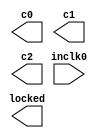
// megafunction wizard: %ALTPLL%VBB%
// GENERATION: STANDARD
// VERSION: WM1.0
// MODULE: altpll 

// ============================================================
// Megafunction Name(s):
// 			altpll
//
// Simulation Library Files(s):
// 			altera_mf
// ============================================================
// ************************************************************
// THIS IS A WIZARD-GENERATED FILE. DO NOT EDIT THIS FILE!
//
// 14.1.0 Build 186 12/03/2014 SJ Full Version
// ************************************************************

//Copyright (C) 1991-2014 Altera Corporation. All rights reserved.
//Your use of Altera Corporation's design tools, logic functions 
//and other software and tools, and its AMPP partner logic 
//functions, and any output files from any of the foregoing 
//(including device programming or simulation files), and any 
//associated documentation or information are expressly subject 
//to the terms and conditions of the Altera Program License 
//Subscription Agreement, the Altera Quartus II License Agreement,
//the Altera MegaCore Function License Agreement, or other 
//applicable license agreement, including, without limitation, 
//that your use is for the sole purpose of programming logic 
//devices manufactured by Altera and sold by Altera or its 
//authorized distributors.  Please refer to the applicable 
//agreement for further details.

module ALTPLL50I50O125O250O (
	inclk0,
	c0,
	c1,
	c2,
	locked);

	input	  inclk0;
	output	  c0;
	output	  c1;
	output	  c2;
	output	  locked;

endmodule

// ============================================================
// CNX file retrieval info
// ============================================================
// Retrieval info: PRIVATE: ACTIVECLK_CHECK STRING "0"
// Retrieval info: PRIVATE: BANDWIDTH STRING "1.000"
// Retrieval info: PRIVATE: BANDWIDTH_FEATURE_ENABLED STRING "1"
// Retrieval info: PRIVATE: BANDWIDTH_FREQ_UNIT STRING "MHz"
// Retrieval info: PRIVATE: BANDWIDTH_PRESET STRING "Low"
// Retrieval info: PRIVATE: BANDWIDTH_USE_AUTO STRING "1"
// Retrieval info: PRIVATE: BANDWIDTH_USE_PRESET STRING "0"
// Retrieval info: PRIVATE: CLKBAD_SWITCHOVER_CHECK STRING "0"
// Retrieval info: PRIVATE: CLKLOSS_CHECK STRING "0"
// Retrieval info: PRIVATE: CLKSWITCH_CHECK STRING "0"
// Retrieval info: PRIVATE: CNX_NO_COMPENSATE_RADIO STRING "0"
// Retrieval info: PRIVATE: CREATE_CLKBAD_CHECK STRING "0"
// Retrieval info: PRIVATE: CREATE_INCLK1_CHECK STRING "0"
// Retrieval info: PRIVATE: CUR_DEDICATED_CLK STRING "c0"
// Retrieval info: PRIVATE: CUR_FBIN_CLK STRING "c0"
// Retrieval info: PRIVATE: DEVICE_SPEED_GRADE STRING "2"
// Retrieval info: PRIVATE: DIV_FACTOR0 NUMERIC "1"
// Retrieval info: PRIVATE: DIV_FACTOR1 NUMERIC "1"
// Retrieval info: PRIVATE: DIV_FACTOR2 NUMERIC "1"
// Retrieval info: PRIVATE: DUTY_CYCLE0 STRING "50.00000000"
// Retrieval info: PRIVATE: DUTY_CYCLE1 STRING "50.00000000"
// Retrieval info: PRIVATE: DUTY_CYCLE2 STRING "50.00000000"
// Retrieval info: PRIVATE: EFF_OUTPUT_FREQ_VALUE0 STRING "50.000000"
// Retrieval info: PRIVATE: EFF_OUTPUT_FREQ_VALUE1 STRING "125.000000"
// Retrieval info: PRIVATE: EFF_OUTPUT_FREQ_VALUE2 STRING "250.000000"
// Retrieval info: PRIVATE: EXPLICIT_SWITCHOVER_COUNTER STRING "0"
// Retrieval info: PRIVATE: EXT_FEEDBACK_RADIO STRING "0"
// Retrieval info: PRIVATE: GLOCKED_COUNTER_EDIT_CHANGED STRING "1"
// Retrieval info: PRIVATE: GLOCKED_FEATURE_ENABLED STRING "0"
// Retrieval info: PRIVATE: GLOCKED_MODE_CHECK STRING "0"
// Retrieval info: PRIVATE: GLOCK_COUNTER_EDIT NUMERIC "1048575"
// Retrieval info: PRIVATE: HAS_MANUAL_SWITCHOVER STRING "1"
// Retrieval info: PRIVATE: INCLK0_FREQ_EDIT STRING "50.000"
// Retrieval info: PRIVATE: INCLK0_FREQ_UNIT_COMBO STRING "MHz"
// Retrieval info: PRIVATE: INCLK1_FREQ_EDIT STRING "100.000"
// Retrieval info: PRIVATE: INCLK1_FREQ_EDIT_CHANGED STRING "1"
// Retrieval info: PRIVATE: INCLK1_FREQ_UNIT_CHANGED STRING "1"
// Retrieval info: PRIVATE: INCLK1_FREQ_UNIT_COMBO STRING "MHz"
// Retrieval info: PRIVATE: INTENDED_DEVICE_FAMILY STRING "Stratix IV"
// Retrieval info: PRIVATE: INT_FEEDBACK__MODE_RADIO STRING "1"
// Retrieval info: PRIVATE: LOCKED_OUTPUT_CHECK STRING "1"
// Retrieval info: PRIVATE: LONG_SCAN_RADIO STRING "1"
// Retrieval info: PRIVATE: LVDS_MODE_DATA_RATE STRING "Not Available"
// Retrieval info: PRIVATE: LVDS_MODE_DATA_RATE_DIRTY NUMERIC "0"
// Retrieval info: PRIVATE: LVDS_PHASE_SHIFT_UNIT0 STRING "deg"
// Retrieval info: PRIVATE: LVDS_PHASE_SHIFT_UNIT1 STRING "deg"
// Retrieval info: PRIVATE: LVDS_PHASE_SHIFT_UNIT2 STRING "deg"
// Retrieval info: PRIVATE: MIG_DEVICE_SPEED_GRADE STRING "Any"
// Retrieval info: PRIVATE: MULT_FACTOR0 NUMERIC "1"
// Retrieval info: PRIVATE: MULT_FACTOR1 NUMERIC "1"
// Retrieval info: PRIVATE: MULT_FACTOR2 NUMERIC "1"
// Retrieval info: PRIVATE: NORMAL_MODE_RADIO STRING "1"
// Retrieval info: PRIVATE: OUTPUT_FREQ0 STRING "100.00000000"
// Retrieval info: PRIVATE: OUTPUT_FREQ1 STRING "125.00000000"
// Retrieval info: PRIVATE: OUTPUT_FREQ2 STRING "250.00000000"
// Retrieval info: PRIVATE: OUTPUT_FREQ_MODE0 STRING "0"
// Retrieval info: PRIVATE: OUTPUT_FREQ_MODE1 STRING "1"
// Retrieval info: PRIVATE: OUTPUT_FREQ_MODE2 STRING "1"
// Retrieval info: PRIVATE: OUTPUT_FREQ_UNIT0 STRING "MHz"
// Retrieval info: PRIVATE: OUTPUT_FREQ_UNIT1 STRING "MHz"
// Retrieval info: PRIVATE: OUTPUT_FREQ_UNIT2 STRING "MHz"
// Retrieval info: PRIVATE: PHASE_RECONFIG_FEATURE_ENABLED STRING "1"
// Retrieval info: PRIVATE: PHASE_RECONFIG_INPUTS_CHECK STRING "0"
// Retrieval info: PRIVATE: PHASE_SHIFT0 STRING "0.00000000"
// Retrieval info: PRIVATE: PHASE_SHIFT1 STRING "0.00000000"
// Retrieval info: PRIVATE: PHASE_SHIFT2 STRING "0.00000000"
// Retrieval info: PRIVATE: PHASE_SHIFT_STEP_ENABLED_CHECK STRING "0"
// Retrieval info: PRIVATE: PHASE_SHIFT_UNIT0 STRING "deg"
// Retrieval info: PRIVATE: PHASE_SHIFT_UNIT1 STRING "deg"
// Retrieval info: PRIVATE: PHASE_SHIFT_UNIT2 STRING "deg"
// Retrieval info: PRIVATE: PLL_ADVANCED_PARAM_CHECK STRING "0"
// Retrieval info: PRIVATE: PLL_ARESET_CHECK STRING "0"
// Retrieval info: PRIVATE: PLL_AUTOPLL_CHECK NUMERIC "1"
// Retrieval info: PRIVATE: PLL_ENHPLL_CHECK NUMERIC "0"
// Retrieval info: PRIVATE: PLL_FASTPLL_CHECK NUMERIC "0"
// Retrieval info: PRIVATE: PLL_FBMIMIC_CHECK STRING "0"
// Retrieval info: PRIVATE: PLL_LVDS_PLL_CHECK NUMERIC "0"
// Retrieval info: PRIVATE: PLL_PFDENA_CHECK STRING "0"
// Retrieval info: PRIVATE: PLL_TARGET_HARCOPY_CHECK NUMERIC "0"
// Retrieval info: PRIVATE: PRIMARY_CLK_COMBO STRING "inclk0"
// Retrieval info: PRIVATE: RECONFIG_FILE STRING "ALTPLL50I50O125O250O.mif"
// Retrieval info: PRIVATE: SACN_INPUTS_CHECK STRING "0"
// Retrieval info: PRIVATE: SCAN_FEATURE_ENABLED STRING "1"
// Retrieval info: PRIVATE: SELF_RESET_LOCK_LOSS STRING "0"
// Retrieval info: PRIVATE: SHORT_SCAN_RADIO STRING "0"
// Retrieval info: PRIVATE: SPREAD_FEATURE_ENABLED STRING "0"
// Retrieval info: PRIVATE: SPREAD_FREQ STRING "50.000"
// Retrieval info: PRIVATE: SPREAD_FREQ_UNIT STRING "KHz"
// Retrieval info: PRIVATE: SPREAD_PERCENT STRING "0.500"
// Retrieval info: PRIVATE: SPREAD_USE STRING "0"
// Retrieval info: PRIVATE: SRC_SYNCH_COMP_RADIO STRING "0"
// Retrieval info: PRIVATE: STICKY_CLK0 STRING "1"
// Retrieval info: PRIVATE: STICKY_CLK1 STRING "1"
// Retrieval info: PRIVATE: STICKY_CLK2 STRING "1"
// Retrieval info: PRIVATE: SWITCHOVER_COUNT_EDIT NUMERIC "1"
// Retrieval info: PRIVATE: SWITCHOVER_FEATURE_ENABLED STRING "1"
// Retrieval info: PRIVATE: SYNTH_WRAPPER_GEN_POSTFIX STRING "0"
// Retrieval info: PRIVATE: USE_CLK0 STRING "1"
// Retrieval info: PRIVATE: USE_CLK1 STRING "1"
// Retrieval info: PRIVATE: USE_CLK2 STRING "1"
// Retrieval info: PRIVATE: USE_MIL_SPEED_GRADE NUMERIC "0"
// Retrieval info: PRIVATE: ZERO_DELAY_RADIO STRING "0"
// Retrieval info: LIBRARY: altera_mf altera_mf.altera_mf_components.all
// Retrieval info: CONSTANT: BANDWIDTH_TYPE STRING "AUTO"
// Retrieval info: CONSTANT: CLK0_DIVIDE_BY NUMERIC "1"
// Retrieval info: CONSTANT: CLK0_DUTY_CYCLE NUMERIC "50"
// Retrieval info: CONSTANT: CLK0_MULTIPLY_BY NUMERIC "1"
// Retrieval info: CONSTANT: CLK0_PHASE_SHIFT STRING "0"
// Retrieval info: CONSTANT: CLK1_DIVIDE_BY NUMERIC "2"
// Retrieval info: CONSTANT: CLK1_DUTY_CYCLE NUMERIC "50"
// Retrieval info: CONSTANT: CLK1_MULTIPLY_BY NUMERIC "5"
// Retrieval info: CONSTANT: CLK1_PHASE_SHIFT STRING "0"
// Retrieval info: CONSTANT: CLK2_DIVIDE_BY NUMERIC "1"
// Retrieval info: CONSTANT: CLK2_DUTY_CYCLE NUMERIC "50"
// Retrieval info: CONSTANT: CLK2_MULTIPLY_BY NUMERIC "5"
// Retrieval info: CONSTANT: CLK2_PHASE_SHIFT STRING "0"
// Retrieval info: CONSTANT: COMPENSATE_CLOCK STRING "CLK0"
// Retrieval info: CONSTANT: INCLK0_INPUT_FREQUENCY NUMERIC "20000"
// Retrieval info: CONSTANT: INTENDED_DEVICE_FAMILY STRING "Stratix IV"
// Retrieval info: CONSTANT: LPM_TYPE STRING "altpll"
// Retrieval info: CONSTANT: OPERATION_MODE STRING "NORMAL"
// Retrieval info: CONSTANT: PLL_TYPE STRING "AUTO"
// Retrieval info: CONSTANT: PORT_ACTIVECLOCK STRING "PORT_UNUSED"
// Retrieval info: CONSTANT: PORT_ARESET STRING "PORT_UNUSED"
// Retrieval info: CONSTANT: PORT_CLKBAD0 STRING "PORT_UNUSED"
// Retrieval info: CONSTANT: PORT_CLKBAD1 STRING "PORT_UNUSED"
// Retrieval info: CONSTANT: PORT_CLKLOSS STRING "PORT_UNUSED"
// Retrieval info: CONSTANT: PORT_CLKSWITCH STRING "PORT_UNUSED"
// Retrieval info: CONSTANT: PORT_CONFIGUPDATE STRING "PORT_UNUSED"
// Retrieval info: CONSTANT: PORT_FBIN STRING "PORT_UNUSED"
// Retrieval info: CONSTANT: PORT_FBOUT STRING "PORT_UNUSED"
// Retrieval info: CONSTANT: PORT_INCLK0 STRING "PORT_USED"
// Retrieval info: CONSTANT: PORT_INCLK1 STRING "PORT_UNUSED"
// Retrieval info: CONSTANT: PORT_LOCKED STRING "PORT_USED"
// Retrieval info: CONSTANT: PORT_PFDENA STRING "PORT_UNUSED"
// Retrieval info: CONSTANT: PORT_PHASECOUNTERSELECT STRING "PORT_UNUSED"
// Retrieval info: CONSTANT: PORT_PHASEDONE STRING "PORT_UNUSED"
// Retrieval info: CONSTANT: PORT_PHASESTEP STRING "PORT_UNUSED"
// Retrieval info: CONSTANT: PORT_PHASEUPDOWN STRING "PORT_UNUSED"
// Retrieval info: CONSTANT: PORT_PLLENA STRING "PORT_UNUSED"
// Retrieval info: CONSTANT: PORT_SCANACLR STRING "PORT_UNUSED"
// Retrieval info: CONSTANT: PORT_SCANCLK STRING "PORT_UNUSED"
// Retrieval info: CONSTANT: PORT_SCANCLKENA STRING "PORT_UNUSED"
// Retrieval info: CONSTANT: PORT_SCANDATA STRING "PORT_UNUSED"
// Retrieval info: CONSTANT: PORT_SCANDATAOUT STRING "PORT_UNUSED"
// Retrieval info: CONSTANT: PORT_SCANDONE STRING "PORT_UNUSED"
// Retrieval info: CONSTANT: PORT_SCANREAD STRING "PORT_UNUSED"
// Retrieval info: CONSTANT: PORT_SCANWRITE STRING "PORT_UNUSED"
// Retrieval info: CONSTANT: PORT_clk0 STRING "PORT_USED"
// Retrieval info: CONSTANT: PORT_clk1 STRING "PORT_USED"
// Retrieval info: CONSTANT: PORT_clk2 STRING "PORT_USED"
// Retrieval info: CONSTANT: PORT_clk3 STRING "PORT_UNUSED"
// Retrieval info: CONSTANT: PORT_clk4 STRING "PORT_UNUSED"
// Retrieval info: CONSTANT: PORT_clk5 STRING "PORT_UNUSED"
// Retrieval info: CONSTANT: PORT_clk6 STRING "PORT_UNUSED"
// Retrieval info: CONSTANT: PORT_clk7 STRING "PORT_UNUSED"
// Retrieval info: CONSTANT: PORT_clk8 STRING "PORT_UNUSED"
// Retrieval info: CONSTANT: PORT_clk9 STRING "PORT_UNUSED"
// Retrieval info: CONSTANT: PORT_clkena0 STRING "PORT_UNUSED"
// Retrieval info: CONSTANT: PORT_clkena1 STRING "PORT_UNUSED"
// Retrieval info: CONSTANT: PORT_clkena2 STRING "PORT_UNUSED"
// Retrieval info: CONSTANT: PORT_clkena3 STRING "PORT_UNUSED"
// Retrieval info: CONSTANT: PORT_clkena4 STRING "PORT_UNUSED"
// Retrieval info: CONSTANT: PORT_clkena5 STRING "PORT_UNUSED"
// Retrieval info: CONSTANT: SELF_RESET_ON_LOSS_LOCK STRING "OFF"
// Retrieval info: CONSTANT: USING_FBMIMICBIDIR_PORT STRING "OFF"
// Retrieval info: CONSTANT: WIDTH_CLOCK NUMERIC "10"
// Retrieval info: USED_PORT: @clk 0 0 10 0 OUTPUT_CLK_EXT VCC "@clk[9..0]"
// Retrieval info: USED_PORT: c0 0 0 0 0 OUTPUT_CLK_EXT VCC "c0"
// Retrieval info: USED_PORT: c1 0 0 0 0 OUTPUT_CLK_EXT VCC "c1"
// Retrieval info: USED_PORT: c2 0 0 0 0 OUTPUT_CLK_EXT VCC "c2"
// Retrieval info: USED_PORT: inclk0 0 0 0 0 INPUT_CLK_EXT GND "inclk0"
// Retrieval info: USED_PORT: locked 0 0 0 0 OUTPUT GND "locked"
// Retrieval info: CONNECT: @inclk 0 0 1 1 GND 0 0 0 0
// Retrieval info: CONNECT: @inclk 0 0 1 0 inclk0 0 0 0 0
// Retrieval info: CONNECT: c0 0 0 0 0 @clk 0 0 1 0
// Retrieval info: CONNECT: c1 0 0 0 0 @clk 0 0 1 1
// Retrieval info: CONNECT: c2 0 0 0 0 @clk 0 0 1 2
// Retrieval info: CONNECT: locked 0 0 0 0 @locked 0 0 0 0
// Retrieval info: GEN_FILE: TYPE_NORMAL ALTPLL50I50O125O250O.v TRUE
// Retrieval info: GEN_FILE: TYPE_NORMAL ALTPLL50I50O125O250O.ppf TRUE
// Retrieval info: GEN_FILE: TYPE_NORMAL ALTPLL50I50O125O250O.inc FALSE
// Retrieval info: GEN_FILE: TYPE_NORMAL ALTPLL50I50O125O250O.cmp FALSE
// Retrieval info: GEN_FILE: TYPE_NORMAL ALTPLL50I50O125O250O.bsf FALSE
// Retrieval info: GEN_FILE: TYPE_NORMAL ALTPLL50I50O125O250O_inst.v FALSE
// Retrieval info: GEN_FILE: TYPE_NORMAL ALTPLL50I50O125O250O_bb.v TRUE
// Retrieval info: LIB_FILE: altera_mf
// Retrieval info: CBX_MODULE_PREFIX: ON